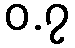
ဝ.၇